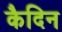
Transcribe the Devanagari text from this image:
कैदिन